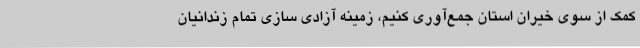
کمک از سوی خیران استان جمع‌آوری کنیم، زمینه آزادی سازی تمام زندانیان